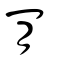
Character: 肻